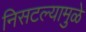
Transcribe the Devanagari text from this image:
निसटल्यामुळे